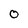
Character: 0